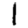
Digit: 1